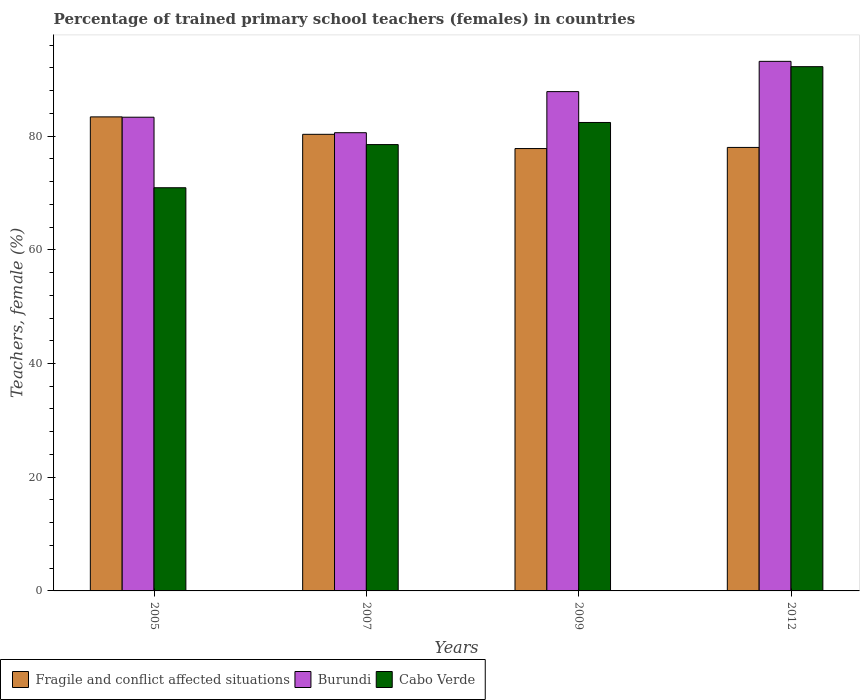
| Years | Fragile and conflict affected situations | Burundi | Cabo Verde |
 | --- | --- | --- | --- |
 | 2005 | 83.4 | 83.3 | 70.9 |
 | 2007 | 80.3 | 80.6 | 78.5 |
 | 2009 | 77.8 | 87.8 | 82.4 |
 | 2012 | 78 | 93.1 | 92.2 |